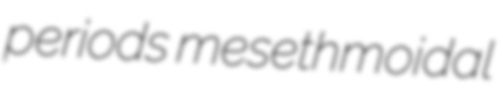
periods mesethmoidal